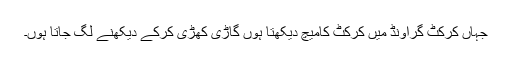
جہاں کرکٹ گراونڈ میں کرکٹ کامیچ دیکھتا ہوں گاڑی کھڑی کرکے دیکھنے لگ جاتا ہوں۔